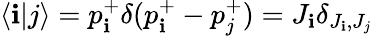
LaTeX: \langle\mathbf{i}|j\rangle=p_{\mathbf{i}}^{+}\delta(p_{\mathbf{i}}^{+}-p_{j}^{+})=J_{\mathbf{i}}\delta_{J_{\mathbf{i}},J_{j}}